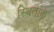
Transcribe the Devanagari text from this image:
स्थितांक